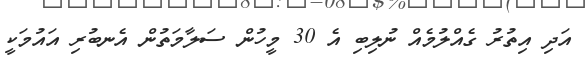
އަދި އިތުރު ގެއްލުމެއް ނުލިބި އެ 30 މީހުން ސަލާމަތުން އެނބުރި އައުމަކީ